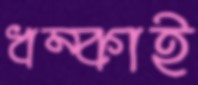
ধম্‌কাই